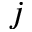
j